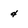
Character: 4